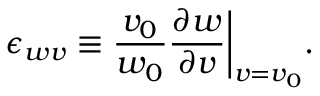
\epsilon _ { w v } \equiv \frac { v _ { 0 } } { w _ { 0 } } \frac { \partial w } { \partial v } \bigg | _ { v = v _ { 0 } } .